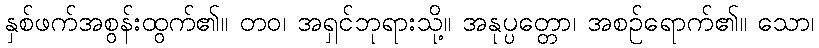
နှစ်ဖက်အစွန်းထွက်၏။ တဝ၊ အရှင်ဘုရားသို့။ အနုပ္ပတ္တော၊ အစဉ်ရောက်၏။ သော၊